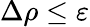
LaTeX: \Delta\rho\le\varepsilon